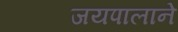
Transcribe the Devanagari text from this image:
जयपालाने